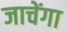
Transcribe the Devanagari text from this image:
जाचेंगा